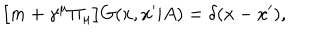
LaTeX: \bigl [ m + \gamma ^ { \mu } \Pi _ { \mu } \bigr ] G ( x , x ^ { \prime } | A ) = \delta ( x - x ^ { \prime } ) ,